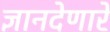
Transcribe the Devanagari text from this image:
ज्ञानदेणारें